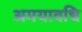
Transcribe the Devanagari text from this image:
अमयावधि